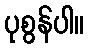
ပုစွန်ပါ။